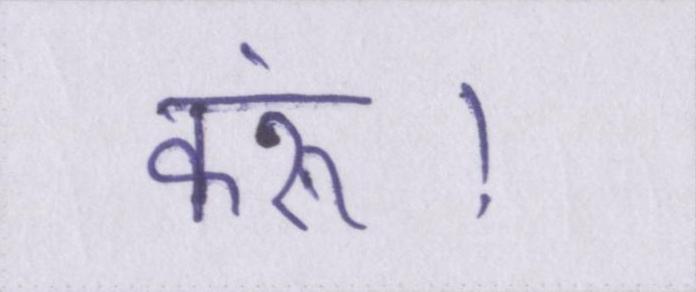
करूं।